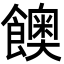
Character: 𩟇